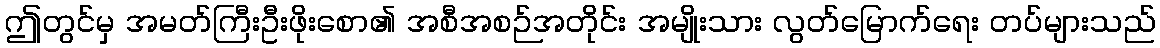
ဤတွင်မှ အမတ်ကြီးဦးဖိုးစော၏ အစီအစဉ်အတိုင်း အမျိုးသား လွတ်မြောက်ရေး တပ်များသည်